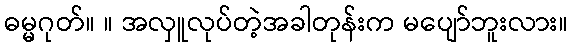
ဓမ္မဂုတ်။ ။ အလှူလုပ်တဲ့အခါတုန်းက မပျော်ဘူးလား။